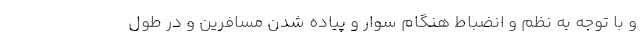
و با توجه به نظم و انضباط هنگام سوار و پیاده شدن مسافرین و در طول